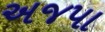
અજપા